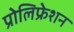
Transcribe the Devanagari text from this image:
प्रोलिफ्रेशन